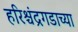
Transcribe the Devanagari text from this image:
हरिश्चंद्रगडाच्या